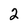
Character: 2